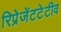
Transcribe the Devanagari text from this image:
रिप्रेजेंटटेटीव